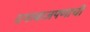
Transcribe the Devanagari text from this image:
दगाबाजपणाची